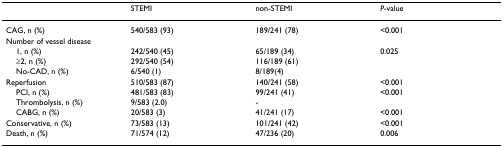
<table><thead><tr><td></td><td><b>STEMI</b></td><td><b>non-STEMI</b></td><td><b><i>P</i>-value</b></td></tr></thead><tbody><tr><td>CAG, n (%)</td><td>540/583 (93)</td><td>189/241 (78)</td><td>&lt;0.001</td></tr><tr><td>Number of vessel disease</td><td></td><td></td><td></td></tr><tr><td> 1, n (%)</td><td>242/540 (45)</td><td>65/189 (34)</td><td>0.025</td></tr><tr><td> ≥2, n (%)</td><td>292/540 (54)</td><td>116/189 (61)</td><td></td></tr><tr><td> No-CAD, n (%)</td><td>6/540 (1)</td><td>8/189(4)</td><td></td></tr><tr><td>Reperfusion</td><td>510/583 (87)</td><td>140/241 (58)</td><td>&lt;0.001</td></tr><tr><td> PCI, n (%)</td><td>481/583 (83)</td><td>99/241 (41)</td><td>&lt;0.001</td></tr><tr><td> Thrombolysis, n (%)</td><td>9/583 (2.0)</td><td>-</td><td></td></tr><tr><td> CABG, n (%)</td><td>20/583 (3)</td><td>41/241 (17)</td><td>&lt;0.001</td></tr><tr><td>Conservative, n (%)</td><td>73/583 (13)</td><td>101/241 (42)</td><td>&lt;0.001</td></tr><tr><td>Death, n (%)</td><td>71/574 (12)</td><td>47/236 (20)</td><td>0.006</td></tr></tbody></table>